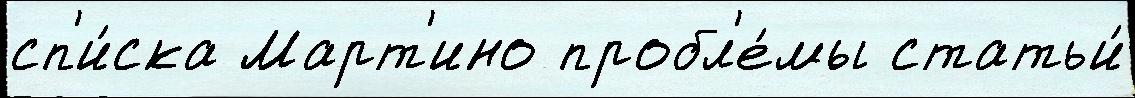
сп'и́ска Март'ино пробл'е́мы статьи́